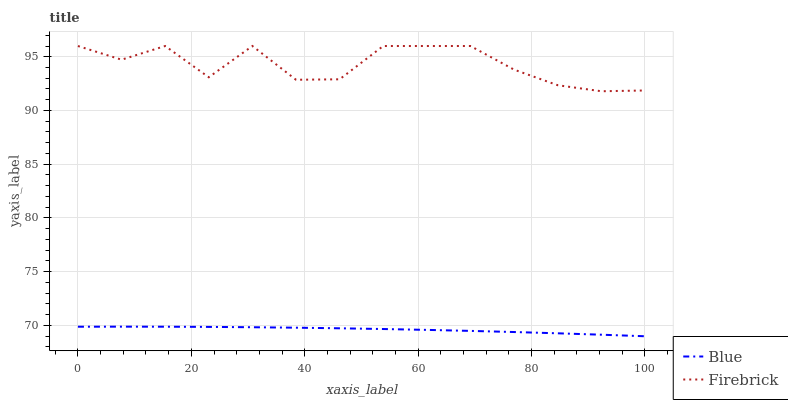
| xaxis_label | Blue | Firebrick |
 | --- | --- | --- |
 | 0 | 69.9 | 96 |
 | 7.69 | 69.9 | 94.7 |
 | 15.4 | 69.9 | 96 |
 | 23.1 | 69.9 | 93.1 |
 | 30.8 | 69.8 | 96 |
 | 38.5 | 69.8 | 92.9 |
 | 46.2 | 69.7 | 92.9 |
 | 53.8 | 69.7 | 96 |
 | 61.5 | 69.6 | 96 |
 | 69.2 | 69.5 | 96 |
 | 76.9 | 69.4 | 93.8 |
 | 84.6 | 69.3 | 92.4 |
 | 92.3 | 69.1 | 91.8 |
 | 100 | 69 | 91.9 |